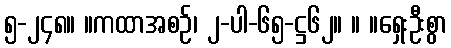
၅-၂၄၈။ ။ကထာအစဉ်၊ ၂-ပါ-၆၅-ဋ္ဌ၆၂။ ။ ။ရှေးဦးစွာ